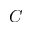
C